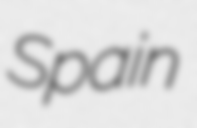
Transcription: Spain